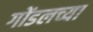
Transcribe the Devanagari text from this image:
गोंडलच्या